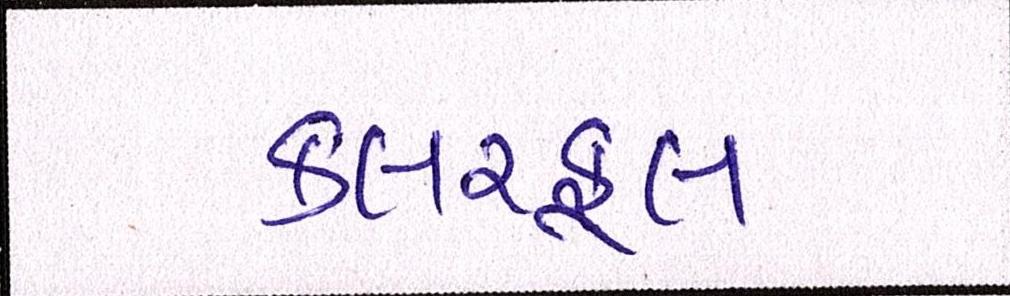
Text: કલરફૂલ